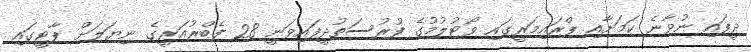
ދީފައި ނުވާނެ ކަމަށާއި ޕްރައިމަރީގައި ވޯޓުލުމުގެ ފުރުސަތުދީފައިވަނީ 28 ފެބްރުއަރީގެ ނިޔަލަށް ޕާޓީގައި